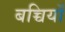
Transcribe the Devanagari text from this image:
बच्चियाँ